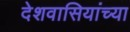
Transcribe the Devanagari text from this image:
देशवासियांच्या